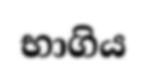
භාගිය